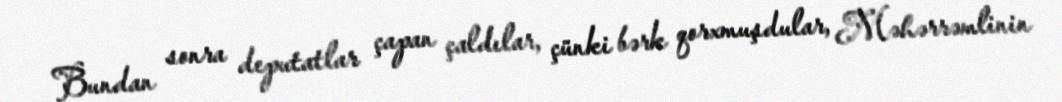
Bundan sonra deputatlar çapan çaldılar, çünki bərk qorxmuşdular, Məhərrəmlinin